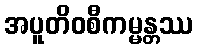
အပူတိဝစီကမ္မန္တဿ